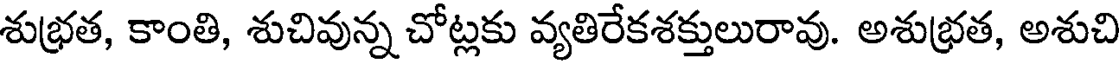
శుభ్రత, కాంతి, శుచివున్న చోట్లకు వ్యతిరేకశక్తులురావు. అశుభ్రత, అశుచి